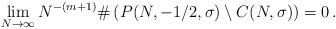
LaTeX: \begin{align*}\lim_{N\to\infty}N^{-(m+1)}\#\left(P(N,-1/2,\sigma)\setminus C(N,\sigma)\right)=0\,.\end{align*}